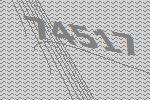
74517